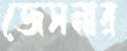
জেসনার